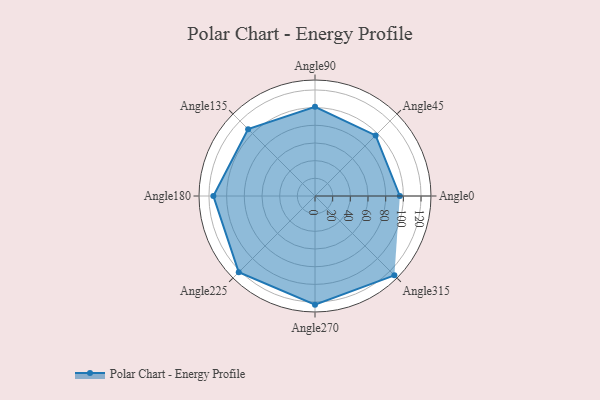
{"axis": {"x": "Angle", "y": "Radius"}, "legend": [""], "data": [{"x": "Angle0", "y": 96.0, "type": ""}, {"x": "Angle45", "y": 97.0, "type": ""}, {"x": "Angle90", "y": 101.0, "type": ""}, {"x": "Angle135", "y": 107.0, "type": ""}, {"x": "Angle180", "y": 115.0, "type": ""}, {"x": "Angle225", "y": 122.0, "type": ""}, {"x": "Angle270", "y": 123.0, "type": ""}, {"x": "Angle315", "y": 127.0, "type": ""}]}